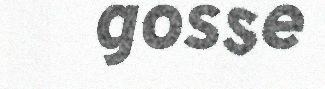
gosse